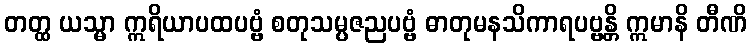
တတ္ထ ယသ္မာ ဣရိယာပထပဗ္ဗံ စတုသမ္ပဇညပဗ္ဗံ ဓာတုမနသိကာရပဗ္ဗန္တိ ဣမာနိ တီဏိ